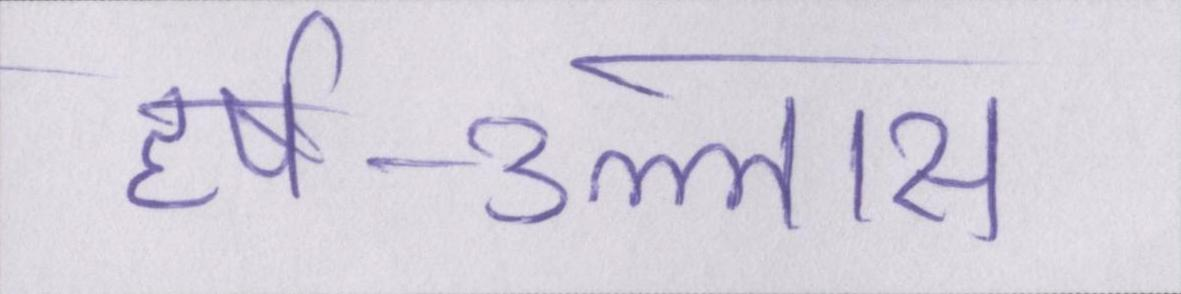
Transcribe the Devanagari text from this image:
हर्ष-उल्लास